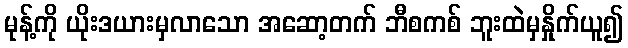
မုန့်ကို ယိုးဒယားမှလာသော အဆော့တက် ဘီစကစ် ဘူးထဲမှနှိုက်ယူ၍